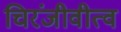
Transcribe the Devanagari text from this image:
चिरंजीवीत्व